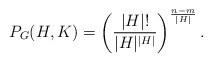
\begin{align*}P_G(H, K) = \left(\frac{\vert H\vert!}{\vert H\vert^{\vert H\vert}}\right)^{\frac{n-m}{\vert H\vert}}.\end{align*}